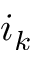
i _ { k }